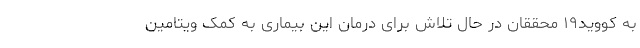
به کووید۱۹ محققان در حال تلاش برای درمان این بیماری به کمک ویتامین